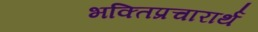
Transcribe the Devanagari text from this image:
भक्तिप्रचारार्थ